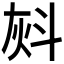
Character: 𰞈